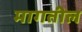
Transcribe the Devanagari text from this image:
मागतील